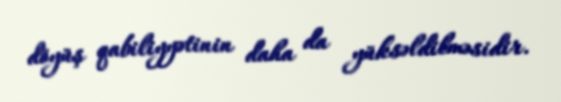
döyüş qabiliyyətinin daha da yüksəldilməsidir.